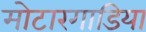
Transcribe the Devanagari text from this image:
मोटारगाडिया